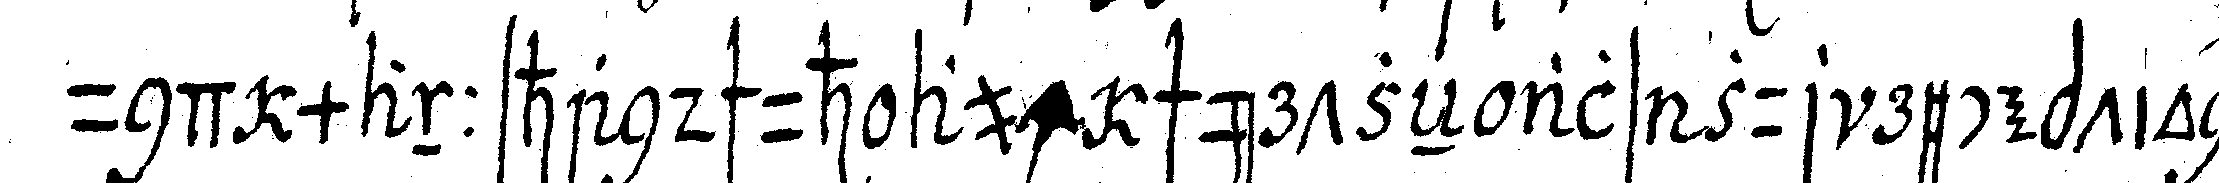
und mannshandschuh auch schürtzeN als zur reception